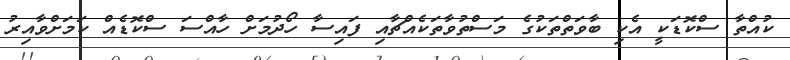
ކުއްތާ ސްކޮޑަކީ އެކި ބާވަތްތަކުގެ މަސްތުވާތަކެއްޗާއި ފައިސާ ހޯދުމަށް ހާއްސަ ސްކޮޑެއް ކަމަށްވާއިރު